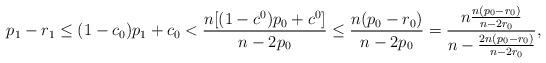
LaTeX: \begin{align*}p_1-r_1\leq(1-c_0)p_1+c_0<\frac{n[(1-c^0)p_0+c^0]}{n-2p_0}\leq\frac{n(p_0-r_0)}{n-2p_0}=\frac{n\frac{n(p_0-r_0)}{n-2r_0}}{n-\frac{2n(p_0-r_0)}{n-2r_0}},\end{align*}